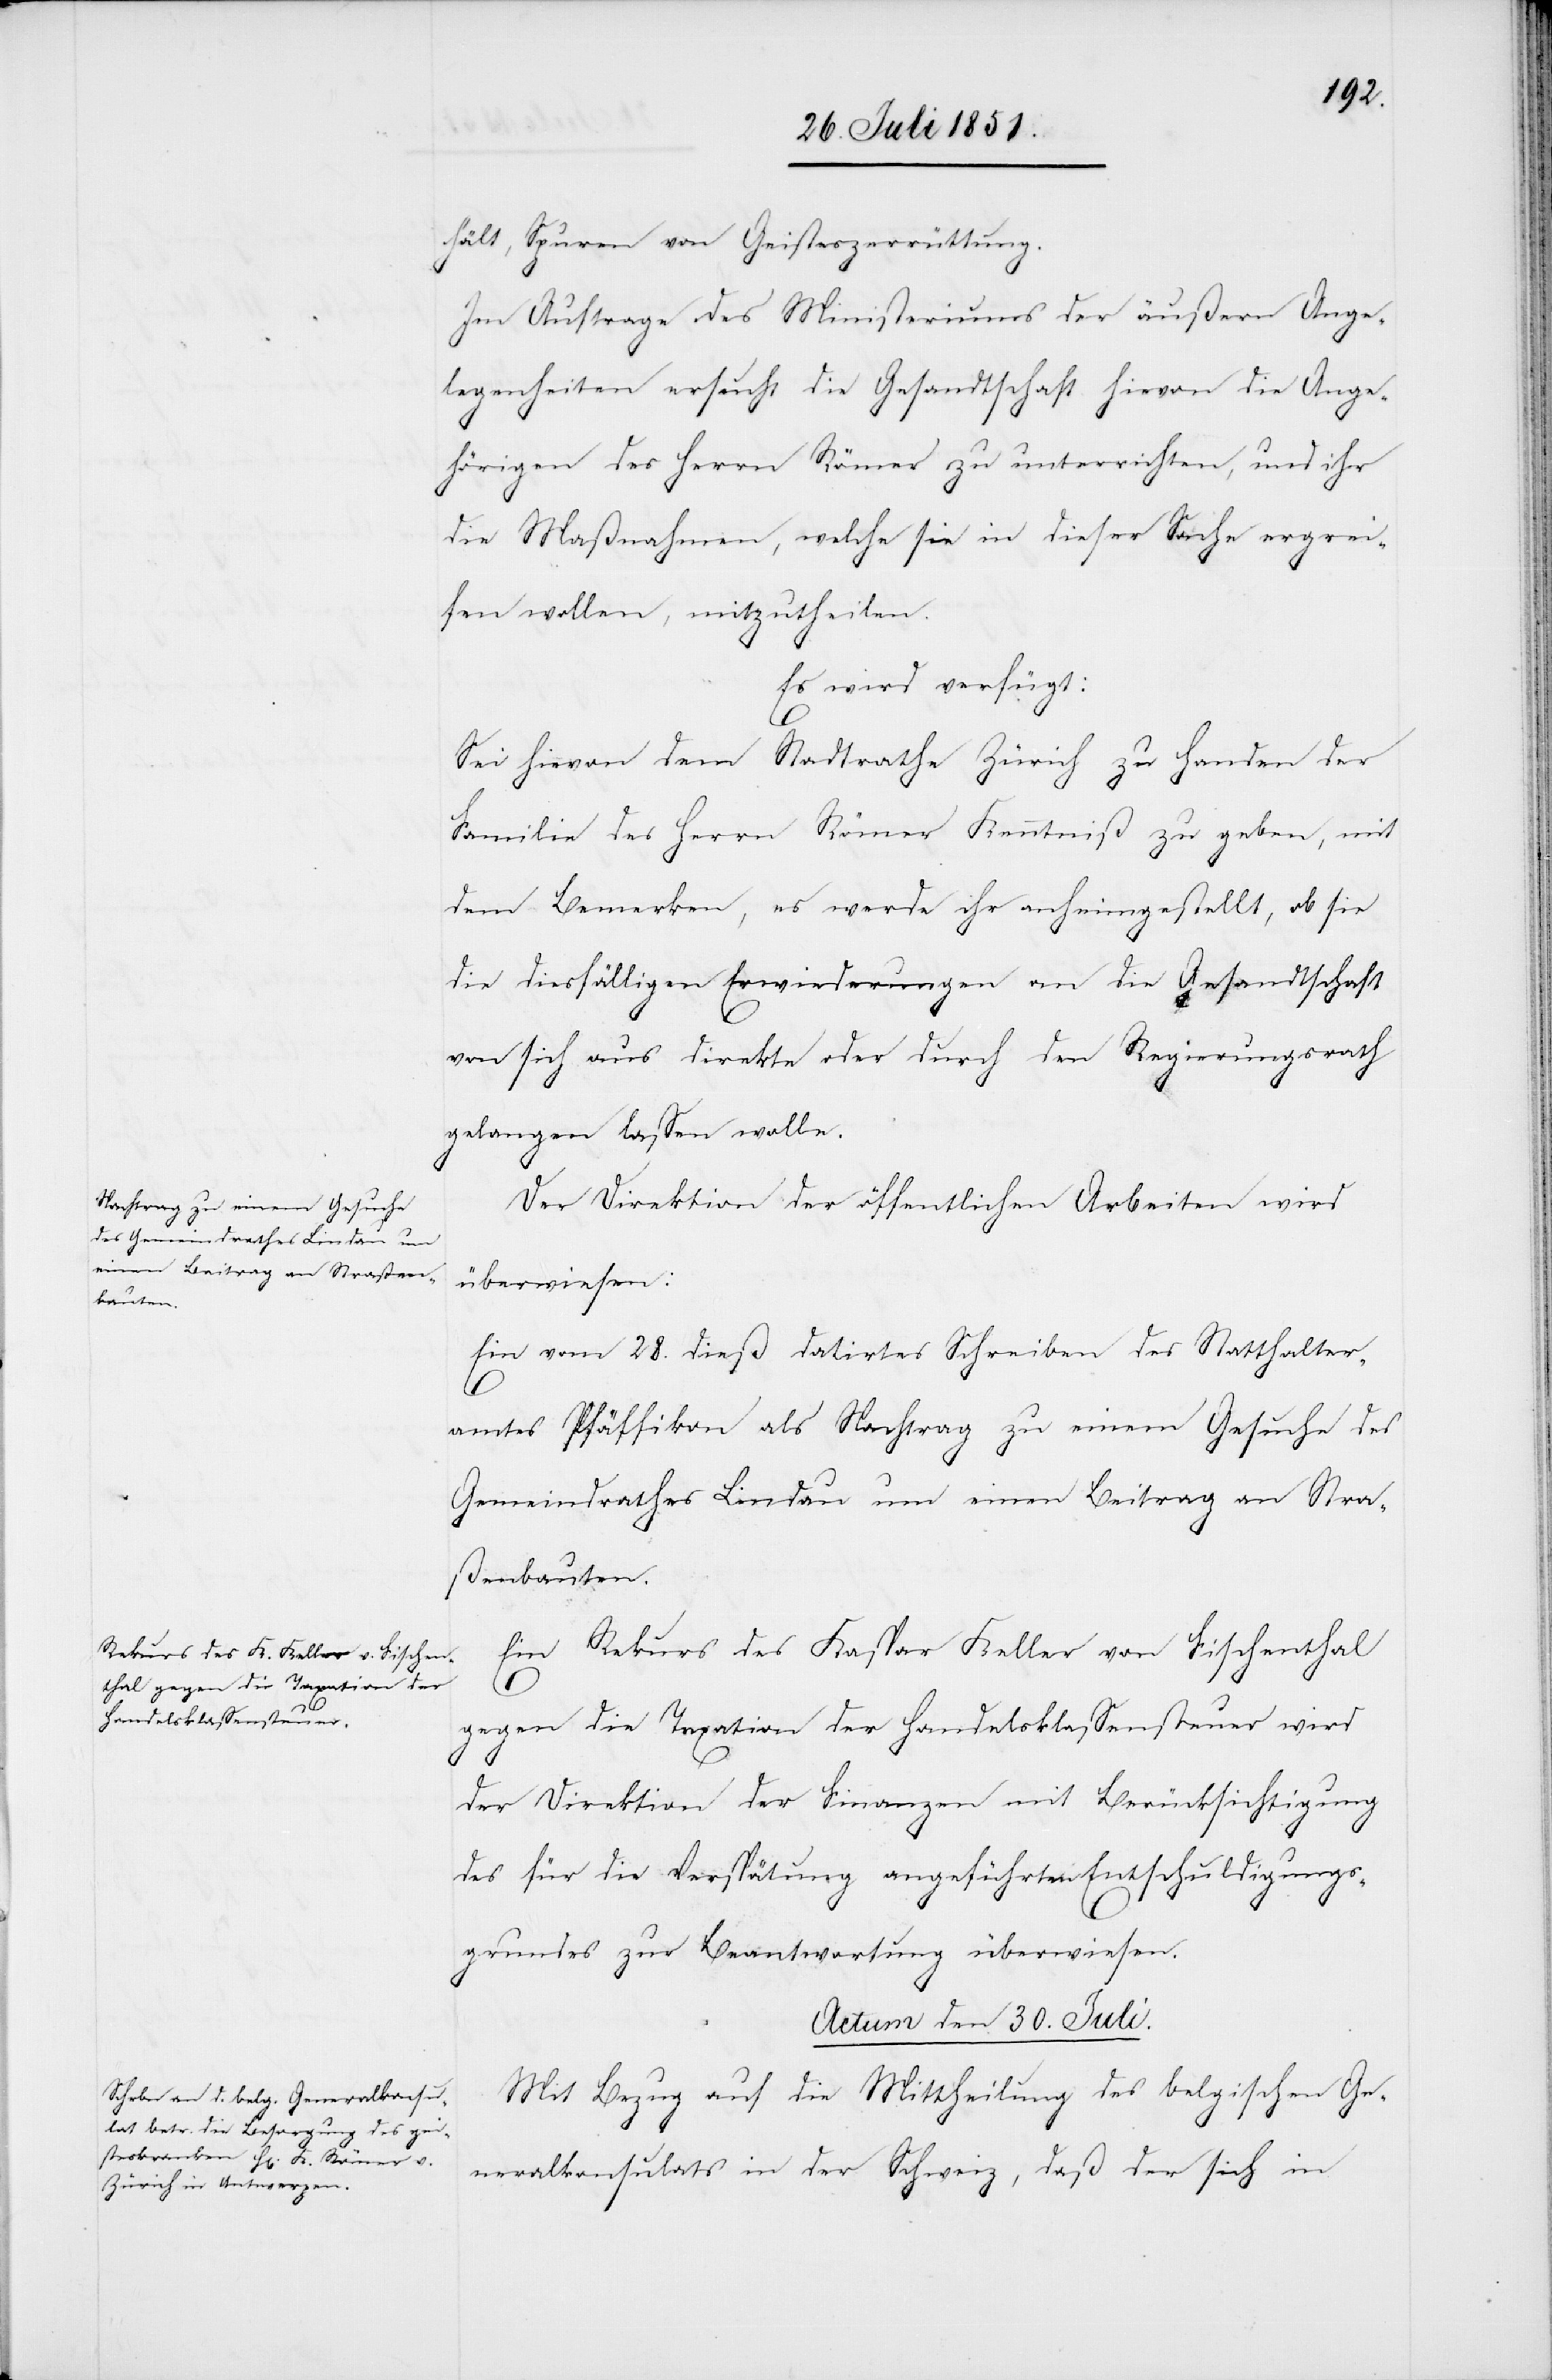
hält, Spuren von Geisteszerrüttung.
Im Auftrage des Ministeriums der äußern Ange¬
legenheiten ersucht die Gesandtschaft hievon die Ange¬
hörigen des Herrn Römer zu unterrichten, und ihr
die Maßnahmen, welche sie in dieser Sache ergrei¬
fen wollen, mitzutheilen.
Es wird verfügt:
Sei hievon dem Stadtrathe Zürich zu Handen der
Familie des Herrn Römer Kenntniß zu geben, mit
dem Bemerken, es werde ihr anheimgestellt, ob sie
die diesfälligen Erwiederungen an die Gesandtschaft
von sich aus direkte oder durch den Regierungsrath
gelangen lassen wolle.
Der Direktion der öffentlichen Arbeiten wird
überwiesen:
Ein vom 28. dieß datirtes Schreiben des Statthalter¬
amtes Pfäffikon als Nachtrag zu einem Gesuche des
Gemeindrathes Lindau um einen Beitrag an Stra¬
ßenbauten.
Ein Rekurs des Kaspar Keller von Fischenthal
gegen die Taxation der Handelsklassensteuer wird
der Direktion der Finanzen mit Berücksichtigung
des für die Verspätung angeführten Entschuldigungs¬
grundes zur Beantwortung überwiesen.
Actum den 30. Juli.
Mit Bezug auf die Mittheilung des belgischen Ge¬
neralkonsulats in der Schweiz, daß der sich in